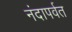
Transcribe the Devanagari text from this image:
नंदापर्वत